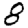
Digit: 8